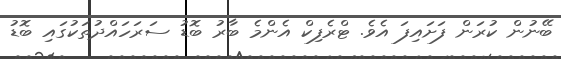
ބޭނުން ކުރަން ފަށައިފަ އެވެ. ޓްރެފިކް އެންމެ ބާރު ބޮޑު ސަރަހައްދުތަކުގައި ބޮޑު